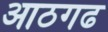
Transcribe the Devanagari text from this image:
आठगढ